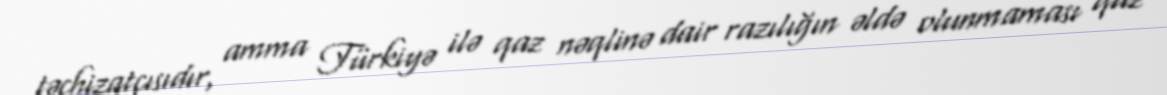
təchizatçısıdır, amma Türkiyə ilə qaz nəqlinə dair razılığın əldə olunmaması qaz